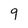
Character: 9